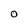
Character: O